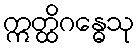
ဣတ္ထိဂန္ဓေသု